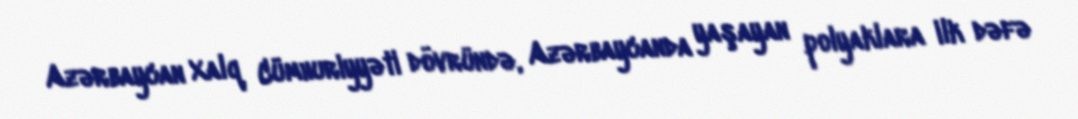
Azərbaycan Xalq Cümhuriyyəti dövründə, Azərbaycanda yaşayan polyaklara ilk dəfə